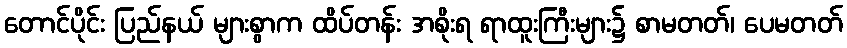
တောင်ပိုင်း ပြည်နယ် များစွာက ထိပ်တန်း အစိုးရ ရာထူးကြီးများ၌ စာမတတ်၊ ပေမတတ်